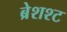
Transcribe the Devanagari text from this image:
ब्रेशश्ट